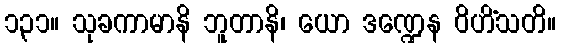
၁၃၁။ သုခကာမာနိ ဘူတာနိ၊ ယော ဒဏ္ဍေန ဝိဟိံသတိ။